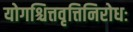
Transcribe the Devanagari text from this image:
योगश्चित्तवृत्तिनिरोधः